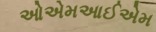
ઓએમઆઈએમ